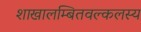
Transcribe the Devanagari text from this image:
शाखालम्बितवल्कलस्य